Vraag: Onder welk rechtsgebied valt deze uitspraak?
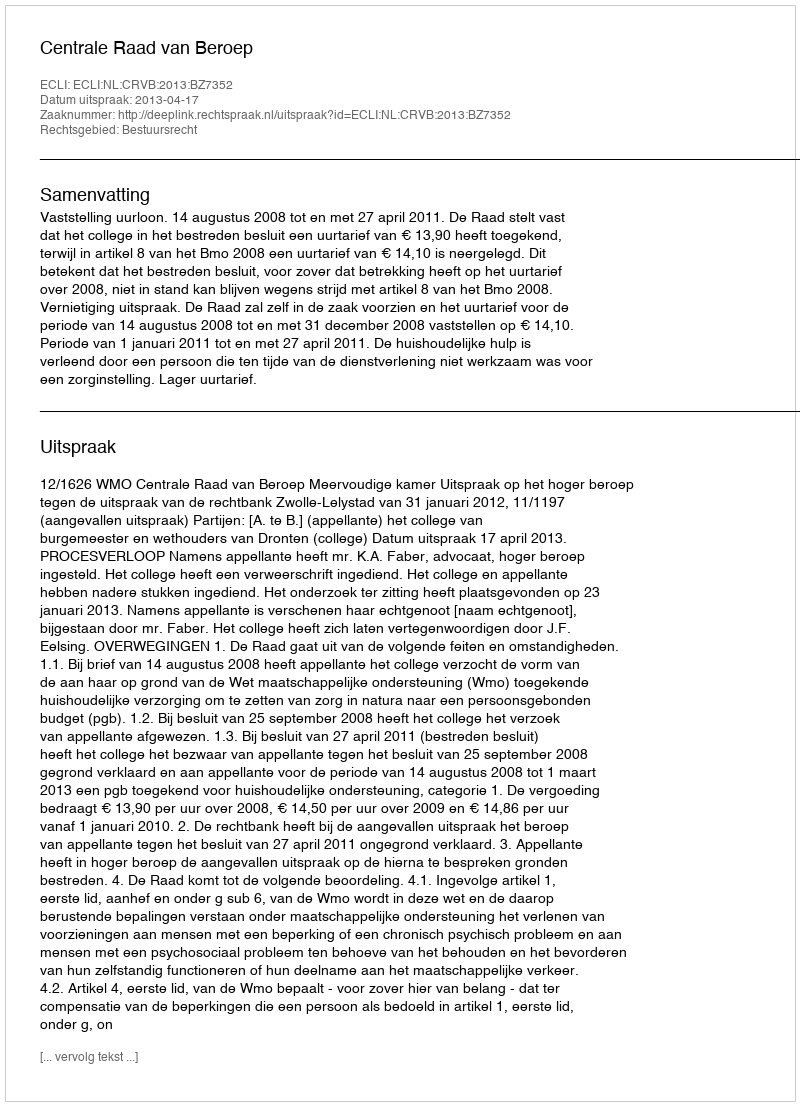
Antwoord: Bestuursrecht